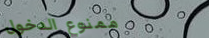
ممنوع الدخول